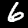
Label: 6